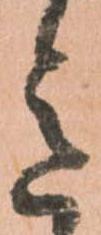
意